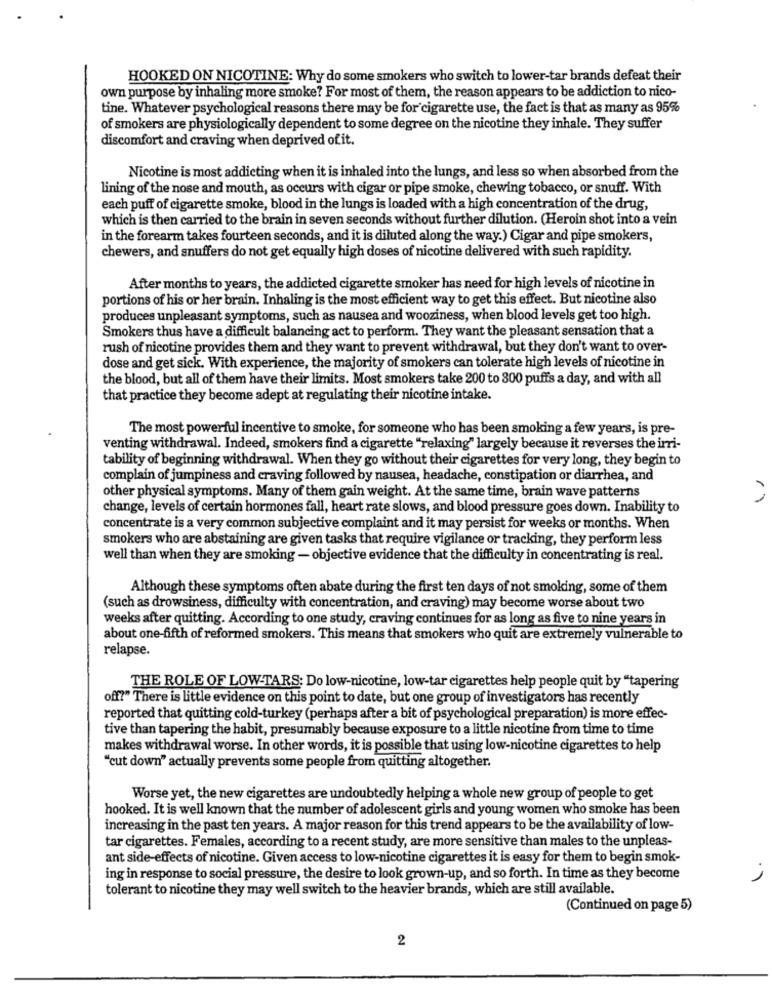
HOOKED ON NICOTINE: Why do some smokers who switch to lower-tar brands defeat their
own purpose by inhaling more smoke? For most of them, the reason appears to be addiction to nico-
tine. Whatever psychological reasons there may be for cigarette use, the fact is that as many as 95%
of smokers are physiologically dependent to some degree on the nicotine they inhale. They suffer
discomfort and craving when deprived of it.
Nicotine is most addicting when it is inhaled into the lungs, and less so when absorbed from the
lining of the nose and mouth, as occurs with cigar or pipe smoke, chewing tobacco, or snuff. With
each puff of cigarette smoke, blood in the lungs is loaded with a high concentration of the drug,
which is then carried to the brain in seven seconds without further dilution. (Heroin shot into a vein
in the forearm takes fourteen seconds, and it is diluted along the way.) Cigar and pipe smokers,
chewers, and snuffers do not get equally high doses of nicotine delivered with such rapidity.
After months to years, the addicted cigarette smoker has need for high levels of nicotine in
portions of his or her brain. Inhaling is the most efficient way to get this effect. But nicotine also
produces unpleasant symptoms, such as nausea and wooziness, when blood levels get too high.
Smokers thus have a difficult balancing act to perform. They want the pleasant sensation that a
rush of nicotine provides them and they want to prevent withdrawal, but they don't want to over-
dose and get sick. With experience, the majority of smokers can tolerate high levels of nicotine in
the blood, but all of them have their limits. Most smokers take 200 to 300 puffs a day, and with all
that practice they become adept at regulating their nicotine intake.
The most powerful incentive to smoke, for someone who has been smoking a few years, is pre-
venting withdrawal. Indeed, smokers find a cigarette "relaxing" largely because it reverses the irri-
tability of beginning withdrawal. When they go without their cigarettes for very long, they begin to
complain of jumpiness and craving followed by nausea, headache, constipation or diarrhea, and
other physical symptoms. Many of them gain weight. At the same time, brain wave patterns
change, levels of certain hormones fall, heart rate slows, and blood pressure goes down. Inability to
concentrate is a very common subjective complaint and it may persist for weeks or months. When
smokers who are abstaining are given tasks that require vigilance or tracking, they perform less
well than when they are smoking - objective evidence that the difficulty in concentrating is real.
Although these symptoms often abate during the first ten days of not smoking, some of them
(such as drowsiness, difficulty with concentration, and craving) may become worse about two
weeks after quitting. According to one study, craving continues for as long as five to nine years in
about one-fifth of reformed smokers. This means that smokers who quit are extremely vulnerable to
relapse.
THE ROLE OF LOW-TARS: Do low-nicotine, low-tar cigarettes help people quit by "tapering
off?" There is little evidence on this point to date, but one group of investigators has recently
reported that quitting cold-turkey (perhaps after a bit of psychological preparation) is more effec-
tive than tapering the habit, presumably because exposure to a little nicotine from time to time
makes withdrawal worse. In other words, it is possible that using low-nicotine cigarettes to help
"cut down" actually prevents some people from quitting altogether.
Worse yet, the new cigarettes are undoubtedly helping a whole new group of people to get
hooked. It is well known that the number of adolescent girls and young women who smoke has been
increasing in the past ten years. A major reason for this trend appears to be the availability of low-
tar cigarettes. Females, according to a recent study, are more sensitive than males to the unpleas-
ant side-effects of nicotine. Given access to low-nicotine cigarettes it is easy for them to begin smok-
ing in response to social pressure, the desire to look grown-up, and so forth. In time as they become
プ
tolerant to nicotine they may well switch to the heavier brands, which are still available.
(Continued on page 5)
2